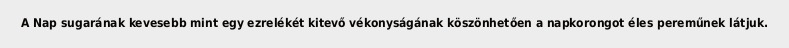
A Nap sugarának kevesebb mint egy ezrelékét kitevő vékonyságának köszönhetően a napkorongot éles pereműnek látjuk.